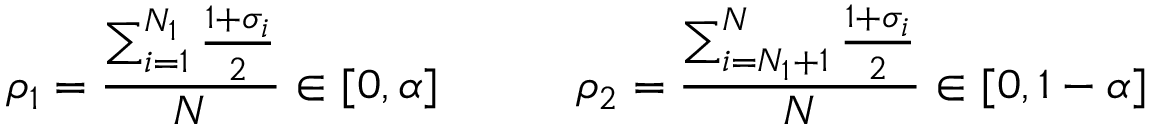
\rho _ { 1 } = \frac { \sum _ { i = 1 } ^ { N _ { 1 } } \frac { 1 + \sigma _ { i } } { 2 } } { N } \in [ 0 , \alpha ] \; \; \; \; \; \; \; \; \; \; \; \rho _ { 2 } = \frac { \sum _ { i = N _ { 1 } + 1 } ^ { N } \frac { 1 + \sigma _ { i } } { 2 } } { N } \in [ 0 , 1 - \alpha ]